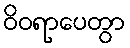
ဝိဝရာပေတွာ